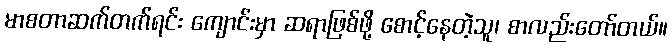
မာစတာဆက်တက်ရင်း ကျောင်းမှာ ဆရာဖြစ်ဖို့ စောင့်နေတဲ့သူ၊ စာလည်းတော်တယ်။